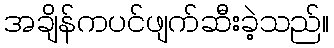
အချိန်ကပင်ဖျက်ဆီးခဲ့သည်။